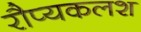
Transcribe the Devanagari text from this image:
रौप्यकलश